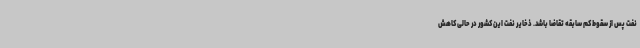
نفت پس از سقوط کم سابقه تقاضا باشد. ذخایر نفت این کشور در حالی کاهش